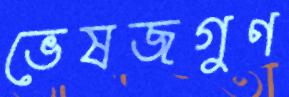
ভেষজগুণ